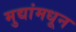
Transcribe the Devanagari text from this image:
मुद्यांमधून